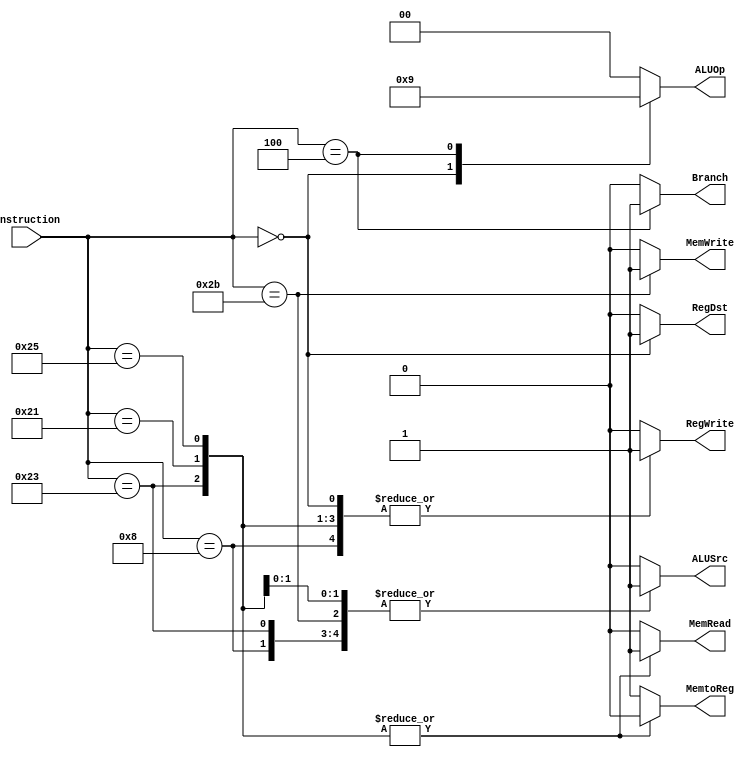
module Control(RegDst, Branch, MemRead, MemtoReg, ALUOp, MemWrite, ALUSrc, RegWrite, Instruction);
    output reg RegDst, Branch, MemRead, MemtoReg, MemWrite, ALUSrc, RegWrite;
    output reg[1:0] ALUOp;
    input[5:0] Instruction;

    always@(Instruction)
        begin
            RegDst = 0;
            Branch = 0;
            MemRead = 0;
            MemtoReg = 1;
            ALUOp = 0;
            MemWrite = 0;
            ALUSrc = 0;
            RegWrite = 0;

            case(Instruction)
                6'h00: begin RegDst = 1; ALUOp = 2; RegWrite = 1; end // add, sub, and, or, sll, srl, slt, and sltu
                6'h04: begin Branch = 1; ALUOp = 1; end // beq
                6'h08: begin ALUSrc = 1; RegWrite = 1; end // addi
                6'h23: begin MemRead = 1; MemtoReg = 0; ALUSrc = 1; RegWrite = 1; end // lw
                6'h2B: begin MemWrite = 1; ALUSrc = 1; end // sw
                6'h21: begin MemRead = 1; MemtoReg = 0; ALUSrc = 1; RegWrite = 1; end // lh
                6'h25: begin MemRead = 1; MemtoReg = 0; ALUSrc = 1; RegWrite = 1; end // lhu
            endcase
        end
endmodule